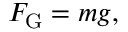
F _ { \mathrm { G } } = m g ,